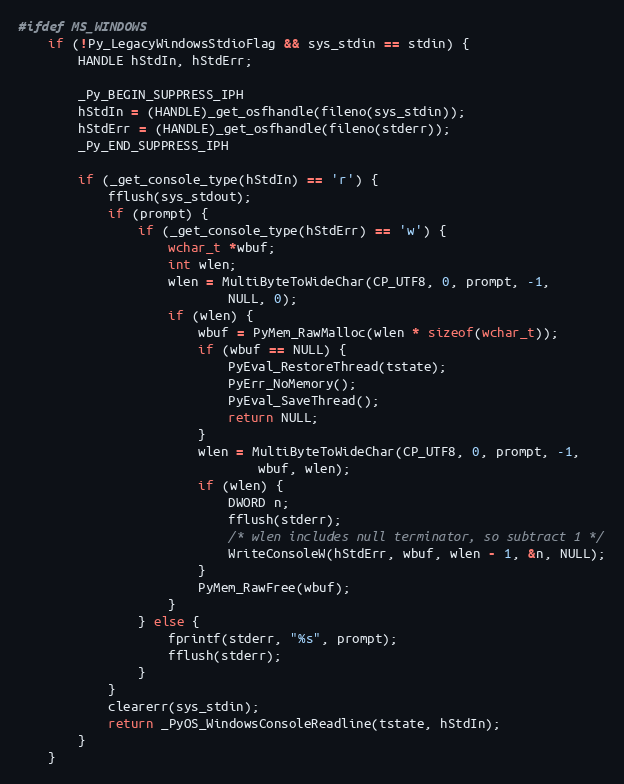
Language: C
#ifdef MS_WINDOWS
    if (!Py_LegacyWindowsStdioFlag && sys_stdin == stdin) {
        HANDLE hStdIn, hStdErr;

        _Py_BEGIN_SUPPRESS_IPH
        hStdIn = (HANDLE)_get_osfhandle(fileno(sys_stdin));
        hStdErr = (HANDLE)_get_osfhandle(fileno(stderr));
        _Py_END_SUPPRESS_IPH

        if (_get_console_type(hStdIn) == 'r') {
            fflush(sys_stdout);
            if (prompt) {
                if (_get_console_type(hStdErr) == 'w') {
                    wchar_t *wbuf;
                    int wlen;
                    wlen = MultiByteToWideChar(CP_UTF8, 0, prompt, -1,
                            NULL, 0);
                    if (wlen) {
                        wbuf = PyMem_RawMalloc(wlen * sizeof(wchar_t));
                        if (wbuf == NULL) {
                            PyEval_RestoreThread(tstate);
                            PyErr_NoMemory();
                            PyEval_SaveThread();
                            return NULL;
                        }
                        wlen = MultiByteToWideChar(CP_UTF8, 0, prompt, -1,
                                wbuf, wlen);
                        if (wlen) {
                            DWORD n;
                            fflush(stderr);
                            /* wlen includes null terminator, so subtract 1 */
                            WriteConsoleW(hStdErr, wbuf, wlen - 1, &n, NULL);
                        }
                        PyMem_RawFree(wbuf);
                    }
                } else {
                    fprintf(stderr, "%s", prompt);
                    fflush(stderr);
                }
            }
            clearerr(sys_stdin);
            return _PyOS_WindowsConsoleReadline(tstate, hStdIn);
        }
    }